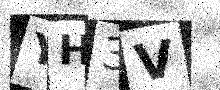
Text: YH3V